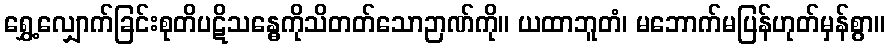
ရွှေ့လျှောက်ခြင်းစုတိပဋိသန္ဓေကိုသိတတ်သောဉာဏ်ကို။ ယထာဘူတံ၊ မဘောက်မပြန်ဟုတ်မှန်စွာ။